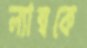
ল্যাম্বকে